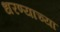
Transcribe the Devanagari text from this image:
धरण्याच्या